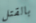
بالقتل